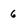
Character: 6